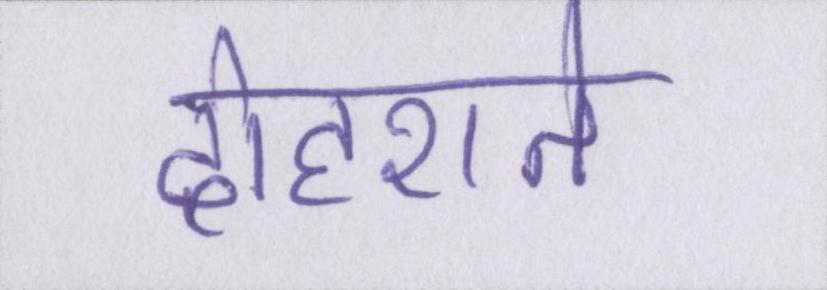
दोहराते